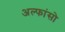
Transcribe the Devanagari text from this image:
अल्फांसो